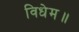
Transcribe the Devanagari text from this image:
विधेम॥